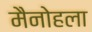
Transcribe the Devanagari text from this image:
मैनोहला